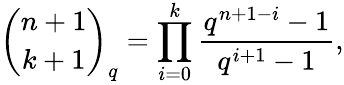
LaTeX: {\binom{n+1}{k+1}}_{q}=\prod_{i=0}^{k}{\frac{q^{n+1-i}-1}{q^{i+1}-1}},